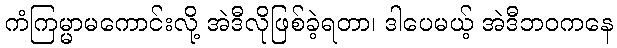
ကံကြမ္မာမကောင်းလို့ အဲဒီလိုဖြစ်ခဲ့ရတာ၊ ဒါပေမယ့် အဲဒီဘဝကနေ